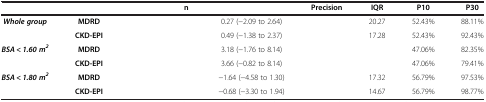
<table><thead><tr><td>[EMPTY_CELL]</td><td>[EMPTY_CELL]</td><td>[EMPTY_CELL]</td><td><b>n</b></td><td>[EMPTY_CELL]</td><td><b>Precision</b></td><td><b>IQR</b></td><td><b>P10</b></td><td><b>P30</b></td></tr></thead><tbody><tr><td><b><i>Whole group</i></b></td><td><b>MDRD</b></td><td>[EMPTY_CELL]</td><td>[EMPTY_CELL]</td><td>0.27 (-2.09 to 2.64)</td><td>[EMPTY_CELL]</td><td>20.27</td><td>52.43%</td><td>88.11%</td></tr><tr><td>[EMPTY_CELL]</td><td><b>CKD-EPI</b></td><td>[EMPTY_CELL]</td><td>[EMPTY_CELL]</td><td>0.49 (-1.38 to 2.37)</td><td>[EMPTY_CELL]</td><td>17.28</td><td>52.43%</td><td>92.43%</td></tr><tr><td><b><i>BSA &lt; 1.60 m</i></b><sup><b><i>2</i></b></sup></td><td><b>MDRD</b></td><td>[EMPTY_CELL]</td><td>[EMPTY_CELL]</td><td>3.18 (-1.76 to 8.14)</td><td>[EMPTY_CELL]</td><td>[EMPTY_CELL]</td><td>47.06%</td><td>82.35%</td></tr><tr><td>[EMPTY_CELL]</td><td><b>CKD-EPI</b></td><td>[EMPTY_CELL]</td><td>[EMPTY_CELL]</td><td>3.66 (-0.82 to 8.14)</td><td>[EMPTY_CELL]</td><td>[EMPTY_CELL]</td><td>47.06%</td><td>79.41%</td></tr><tr><td><b><i>BSA &lt; 1.80 m</i></b><sup><b><i>2</i></b></sup></td><td><b>MDRD</b></td><td>[EMPTY_CELL]</td><td>[EMPTY_CELL]</td><td>-1.64 (-4.58 to 1.30)</td><td>[EMPTY_CELL]</td><td>17.32</td><td>56.79%</td><td>97.53%</td></tr><tr><td>[EMPTY_CELL]</td><td><b>CKD-EPI</b></td><td>[EMPTY_CELL]</td><td>[EMPTY_CELL]</td><td>-0.68 (-3.30 to 1.94)</td><td>[EMPTY_CELL]</td><td>14.67</td><td>56.79%</td><td>98.77%</td></tr></tbody></table>